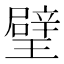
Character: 𤩹